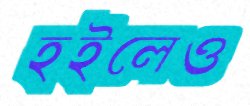
হইলেও